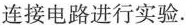
连接电路进行实验.